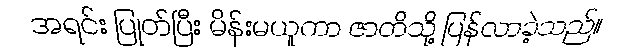
အရင်း ပြုတ်ပြီး မိန်းမယူကာ ဇာတိသို့ ပြန်လာခဲ့သည်။